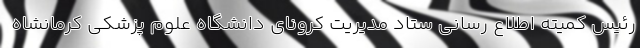
رئیس کمیته اطلاع رسانی ستاد مدیریت کرونای دانشگاه علوم پزشکی کرمانشاه